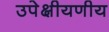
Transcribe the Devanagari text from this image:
उपेक्षीयणीय